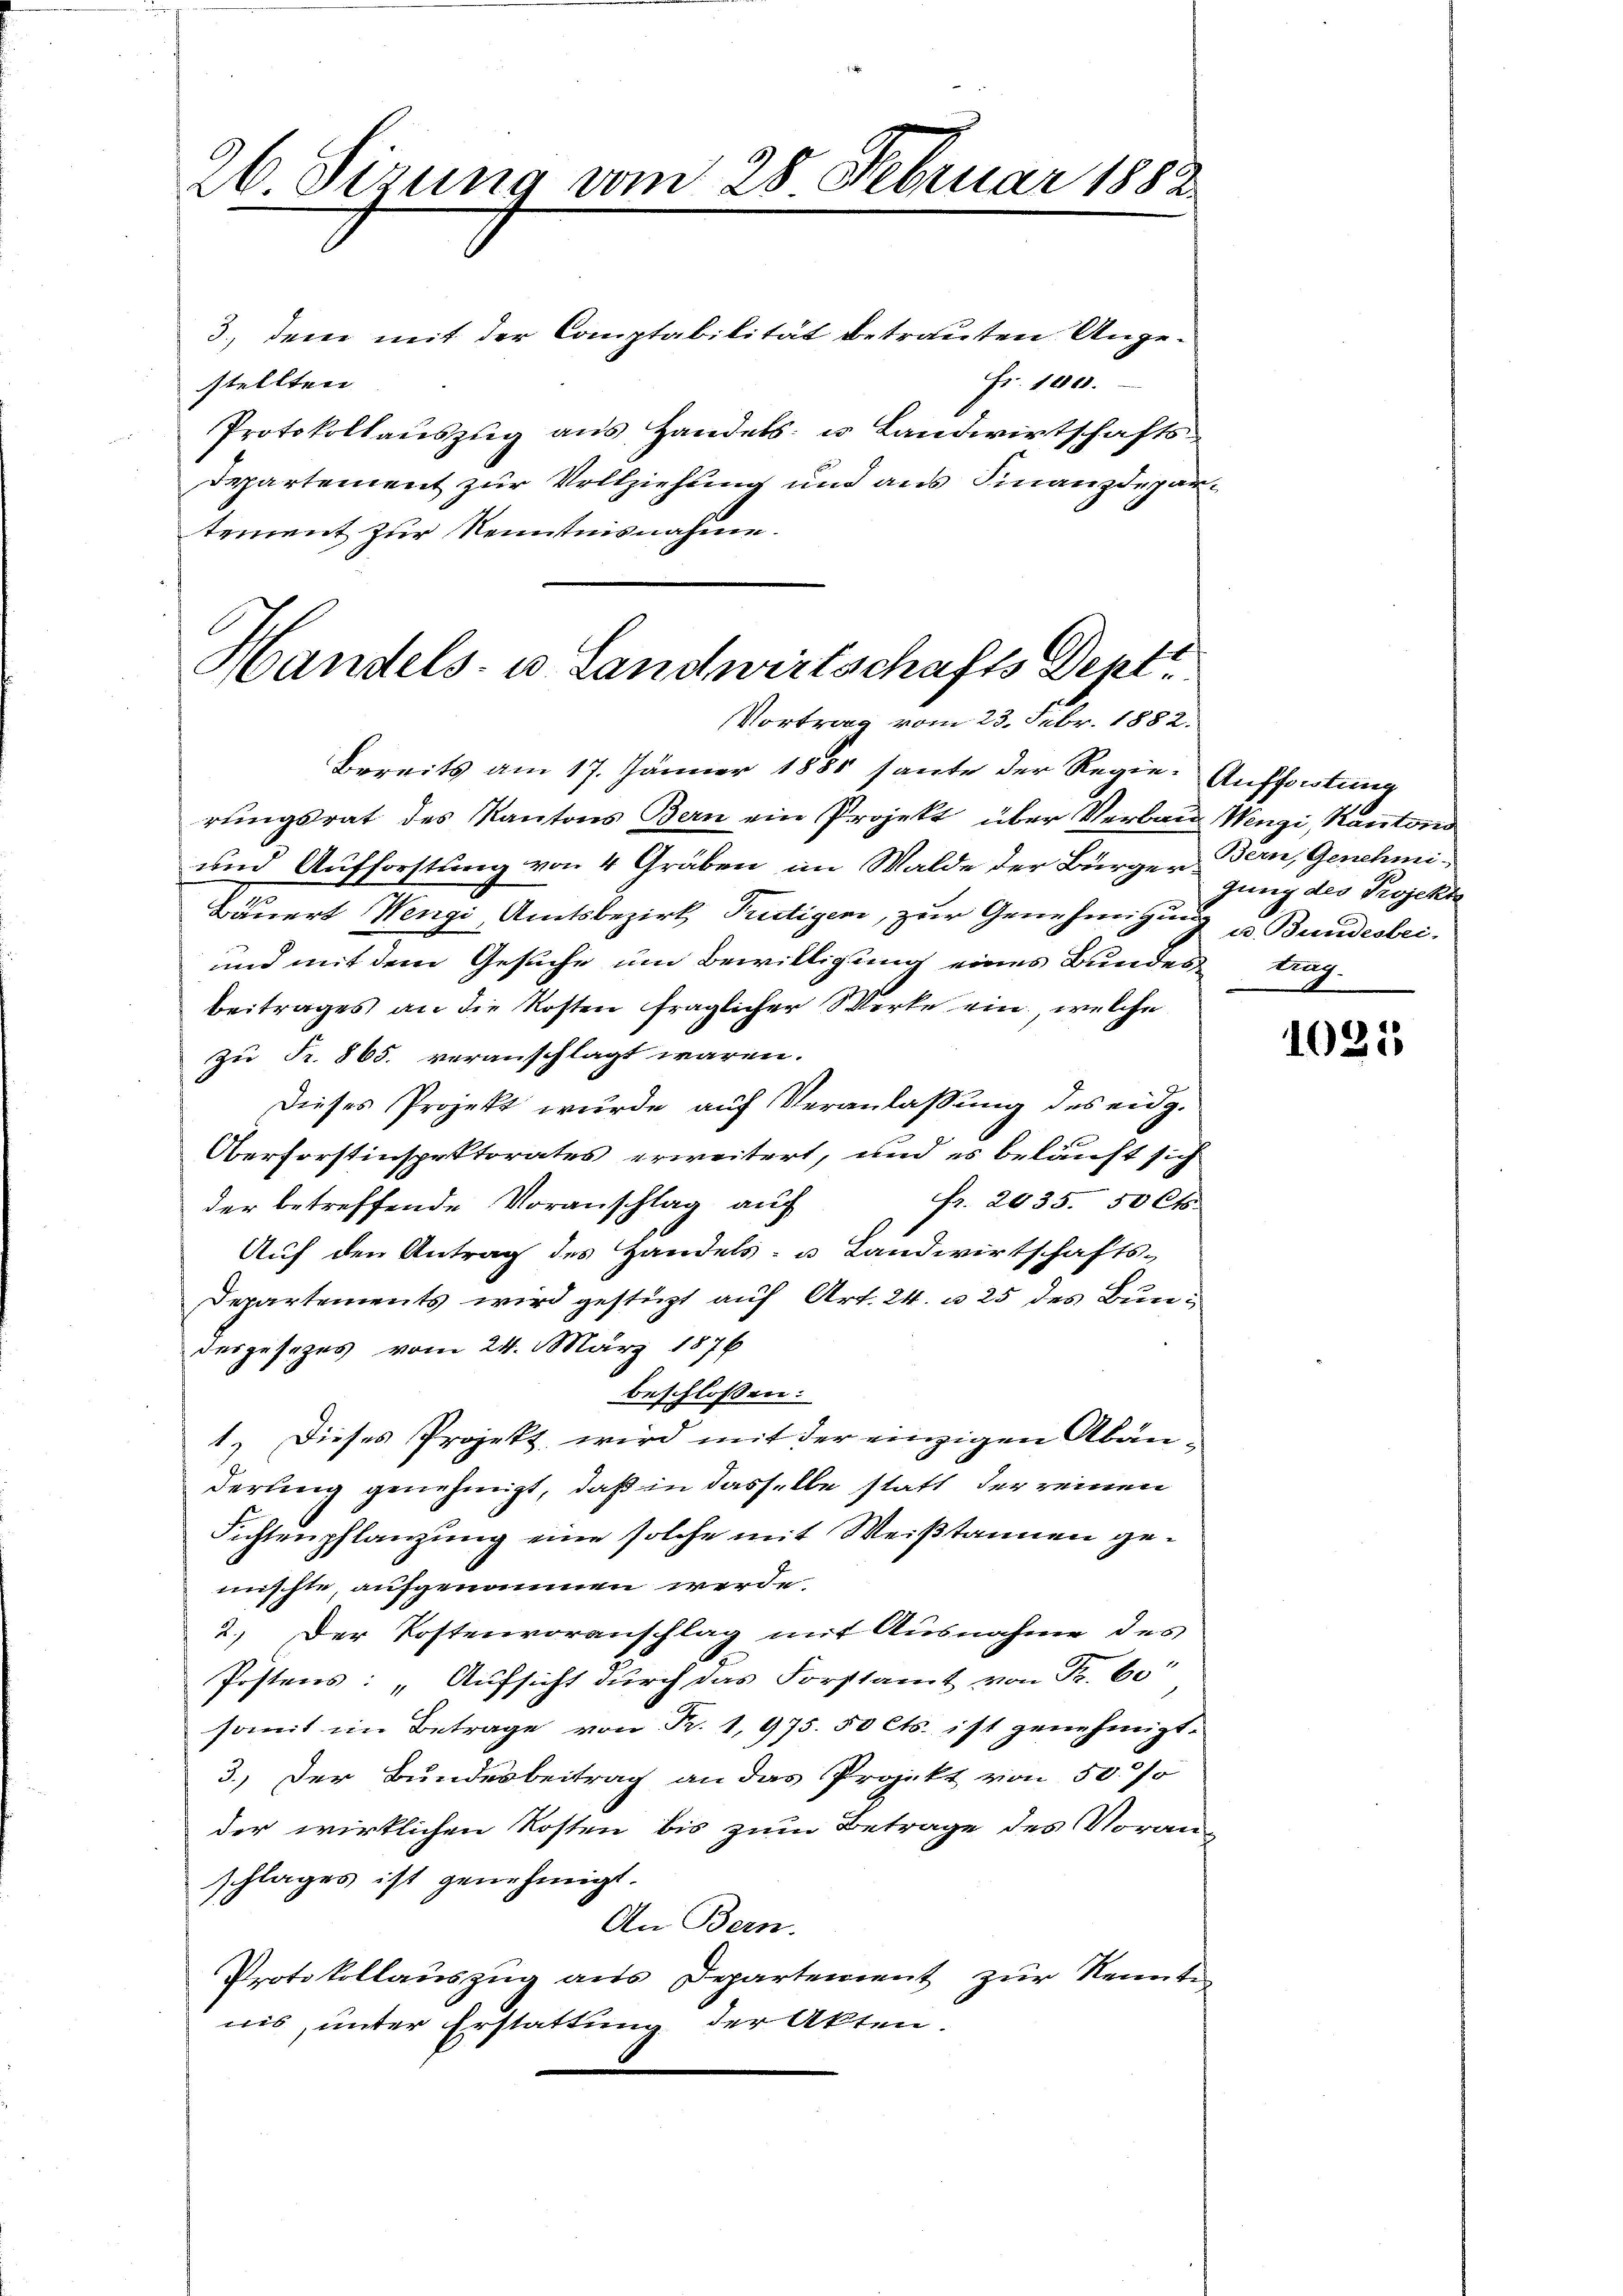
26. Sizung vom 28. Februar 1882.

3., den mit der Comptabilität betrauten Ange¬
Fr. 1000.
stellten.
Protokollauszug aus Handels- u Landwirtschafts¬
Departement zur Vollziehung und aus Finanzdepartement zur Kenntnisnahme.

Handels- u Landwirtschafts Dept
Vortrag vom 23. Febr. 1882.

Bereits am 17. Jänner 1881 sante der Regie- Auffortung
rungsrat des Kantons Bern ein Projekt über Verban Wengi, Kanton
und Aufforstung von 4 Gräben im Walde der Bürger Bern, Genehmi¬
Bäuert Wengi, Amtsbezirk Trutigen, zur Genehmigung u. Bundesbei¬
und mit dem Gesuche um Bewilligung eines Bundes tragbeitrages an die Kosten fraglicher Werke ein, welche
zu Fr. 865. veranschlagt wären.
Dieses Projekt wurde auf Veranlaßung des eidg.
Oberforstinspektorates erweitert, und es beläuft sich
fr. 2035. 50 Cts.
der betreffende Voranschlag auf
Auf den Antrag des Handels- u Landwirtschafts-
Departements wird gestüzt auf Art. 24. u. 25 des Bundesgesezes vom 24. März 1876
beschlossen:
1.) Dieses Projekt, wird mit der einzigen Abänderung genehmigt, daß in dasselbe statt der reinen
Fichtenpflanzung eine solche mit Weißtannen gemischte, aufgenommen werde.
2.) Der Kostenvoranschlag mit Ausnahme des
Postens: „Aufsicht durch das Forstamt von Fr. 6.
somit im Betrage von Fr. 1, 975. 50 Cts. ist genehmigt.
3.) Der Bundesbeitrag an das Projekt von 50 %
der wirklichen Kosten bis zum Betrage des Voran-
schlages ist genehmigt.
An Bern.
Protokollauszug aus Departement zur Kennten
nis, unter Erstattung der Akten.

gung des Projekt

1025